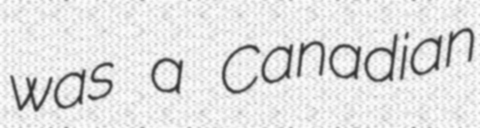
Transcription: was a Canadian